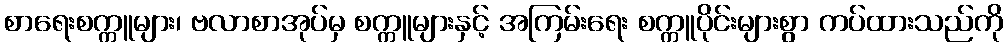
စာရေးစက္ကူများ၊ ဗလာစာအုပ်မှ စက္ကူများနှင့် အကြမ်းရေး စက္ကူပိုင်းများစွာ ကပ်ထားသည်ကို